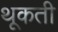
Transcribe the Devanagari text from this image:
थूकती